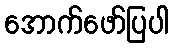
အောက်ဖော်ပြပါ